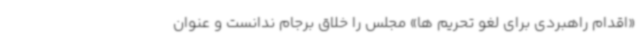
«اقدام راهبردی برای لغو تحریم ها» مجلس را خلاق برجام ندانست و عنوان